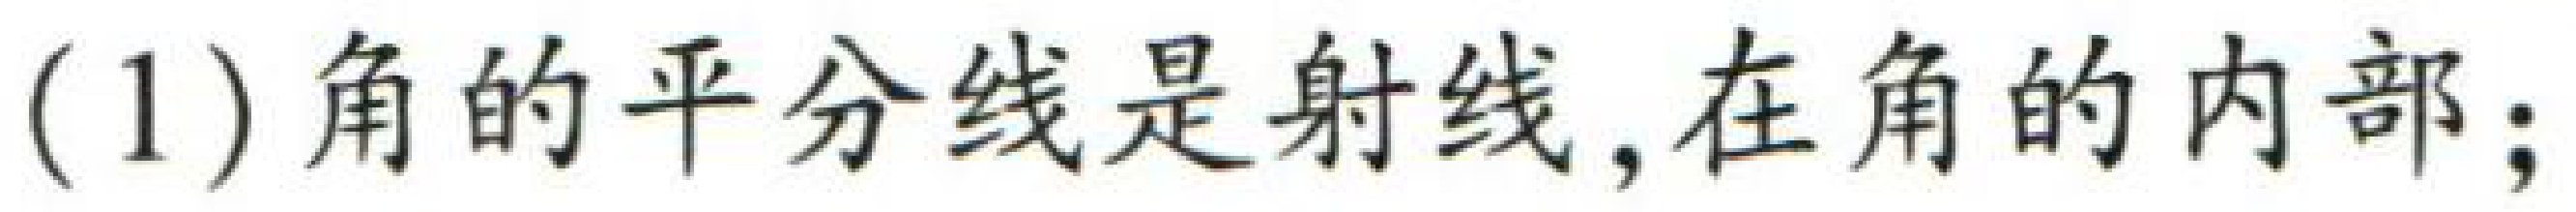
(1)角的平分线是射线,在角的内部;